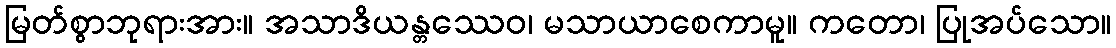
မြတ်စွာဘုရားအား။ အသာဒိယန္တဿေဝ၊ မသာယာစေကာမူ။ ကတော၊ ပြုအပ်သော။